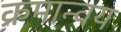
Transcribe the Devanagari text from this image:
क्रमान्वय